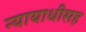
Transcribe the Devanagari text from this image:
न्यायाधीसह